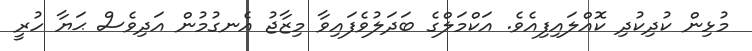
މުޅިން ކުދިކުދި ކޮއްލައިފިއެވެ. އަކްމަލްގެ ބަދަލުވެފައިވާ މިޒާޖު އެނގުމުން އަދިވެސް ޙަޔާ ހުރީ